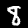
Label: 8